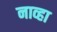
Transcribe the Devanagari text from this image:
नाव्हा